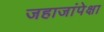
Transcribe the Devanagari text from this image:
जहाजांपेक्षा